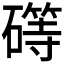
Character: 𰧥